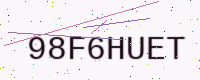
Text: 98F6HUET